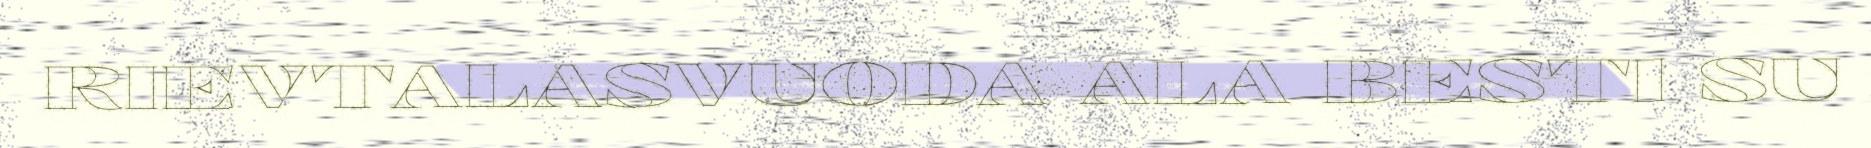
RIEVTALASVUODA ALA BESTI SU